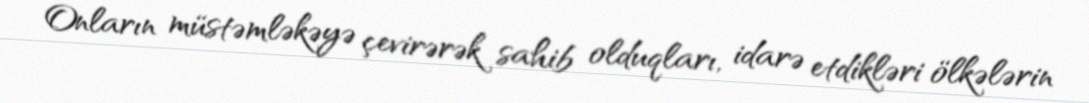
Onların müstəmləkəyə çevirərək sahib olduqları, idarə etdikləri ölkələrin